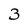
Character: 3